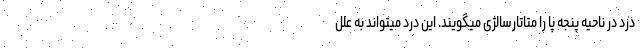
درد در ناحیه پنجه پا را متاتارسالژی میگویند. این درد میتواند به علل